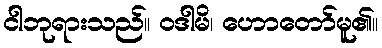
ငါဘုရားသည်။ ဝဒါမိ၊ ဟောတော်မူ၏။